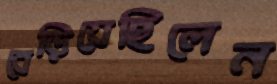
বেড়িয়েছিলেন